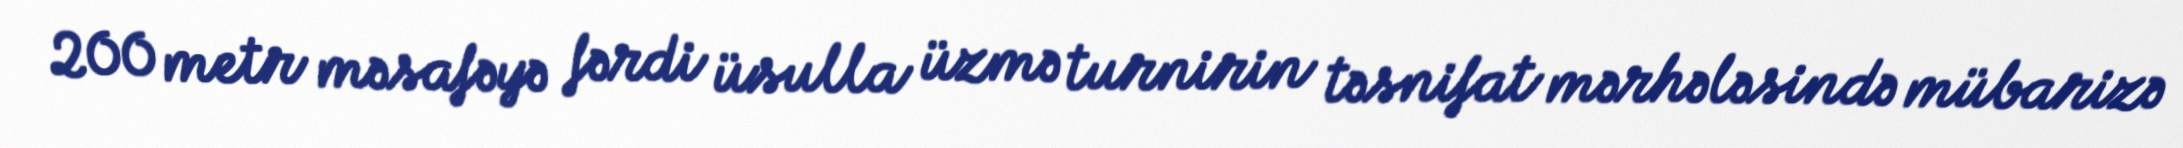
200 metr məsafəyə fərdi üsulla üzmə turnirin təsnifat mərhələsində mübarizə